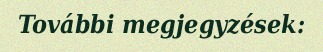
További megjegyzések: